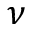
\nu